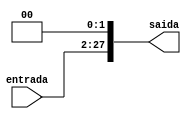
module desloc_2_left
(entrada,saida);
input [25:0] entrada;
output wire [27:0] saida;
//concatenao com 00
assign saida = {entrada,2'b00};
endmodule